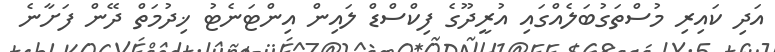
އަދި ކައިރި މުސްތަގުބަލެއްގައި އުރީދޫގެ ފިކްސްޑް ލައިން އިންޓަނެޓު ޚިދުމަތް ދޭން ފަށާނެ